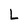
Character: L